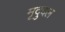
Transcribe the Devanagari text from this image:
मृदुदल